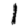
Digit: 1